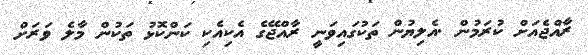
ރާއްޖެއަށް ކުރަމުން .އެލިޔުން ތަކުގައިވަނީ ރާއްޖޭގެ އެކިއެކި ކަންކޮޅު ތަކުން މާލެ ވަރަށް